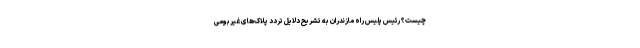
چیست؟ رئیس پلیس راه مازندران به تشریح دلایل تردد پلاک‌های غیربومی